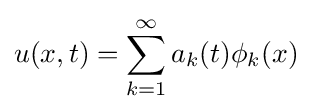
u(x,t)=\sum _{k=1}^{\infty }a_{k}(t)\phi _{k}(x)